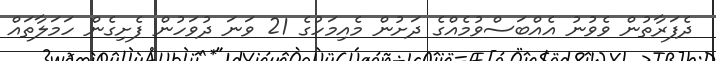
ދެފަރާތުން ވެވުނު އެއްބަސްވުމެއްގެ ދަށުން މެއިމަހުގެ 21 ވަނަ ދުވަހުން ފެށިގެން ހަމަލާތައް